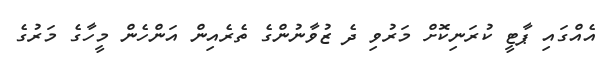
އެއްގައި ޕާޓީ ކުރަނިކޮށް މަރުވި ދެ ޒުވާނުންގެ ތެރެއިން އަންހެން މީހާގެ މަރުގެ